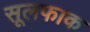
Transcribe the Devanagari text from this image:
सूलफाक